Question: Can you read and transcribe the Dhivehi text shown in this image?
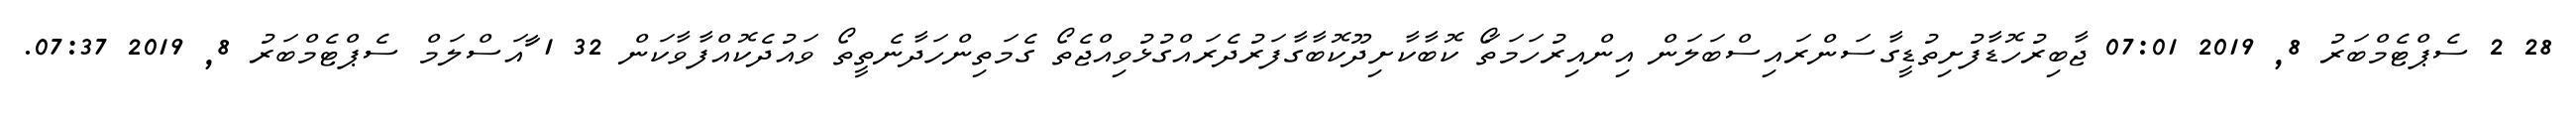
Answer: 28 2 ސެޕްޓެމްބަރު 8, 2019 07:01 ޖާބިރުހޮޑާފުށިތުޑީގާސަންރައިސްބަލަން އިންއިރުހަމަތަޯ ކޮބާކާށިދޫކޮބާގާފަރުދެރައްގުޅުވިއްޖެތޯ ގެމަތިންހަދާނެތީތޯ ވައުދެކޮއްފާވާކަން 32 1 ާައަސްލަމް ސެޕްޓެމްބަރު 8, 2019 07:37.